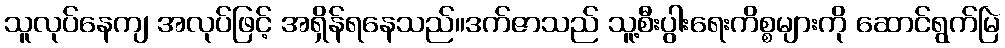
သူလုပ်နေကျ အလုပ်ဖြင့် အရှိန်ရနေသည်။ဒက်ဇာသည် သူ့စီးပွါးရေးကိစ္စများကို ဆောင်ရွက်မြဲ